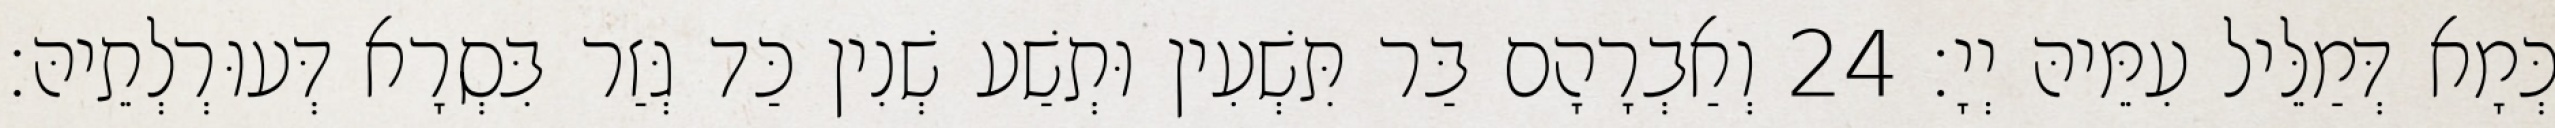
כְּמָא דְּמַלֵּיל עִמֵּיהּ יְיָ׃ 24 וְאַבְרָהָם בַּר תִּשְׁעִין וּתְשַׁע שְׁנִין כַּד גְּזַר בִּסְרָא דְּעוּרְלְתֵיהּ׃